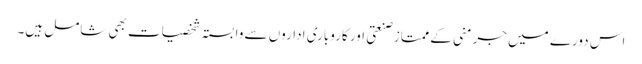
اس دورے میں جرمنی کے ممتاز صنعتی اور کاروباری اداروں سے وابستہ شخصیات بھی شامل ہیں۔